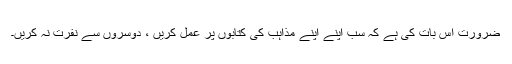
ضرورت اس بات کی ہے کہ سب اپنے اپنے مذاہب کی کتابوں پر عمل کریں ، دوسروں سے نفرت نہ کریں۔